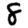
Digit: 8